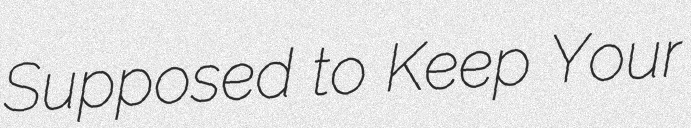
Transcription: Supposed to Keep Your